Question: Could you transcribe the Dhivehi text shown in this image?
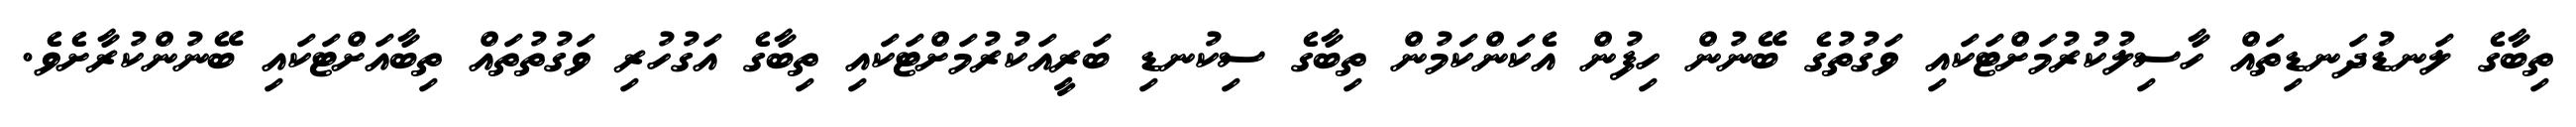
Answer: ތިބާގެ ލަނޑުދަނޑިތައް ހާސިލުކުރުމަށްޓަކައި ވަގުތުގެ ބޭނުން ހިފުން އެކަންކަމުން ތިބާގެ ސިކުނޑި ބަރީއަކުރުމަށްޓަކައި ތިބާގެ އަގުހުރި ވަގުތުތައް ތިބާއަށްޓަކައި ބޭނުންކުރާށެވެ.